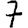
Digit: 7